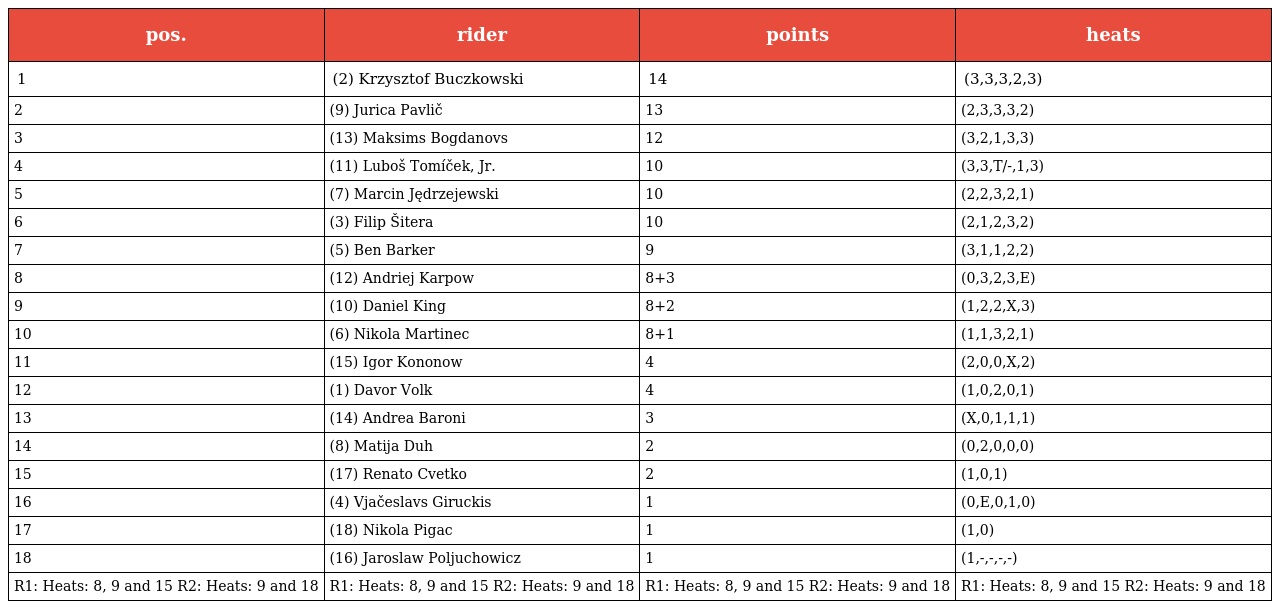
| pos. | rider | points | heats |
 | --- | --- | --- | --- |
 | 1 | (2) Krzysztof Buczkowski | 14 | (3,3,3,2,3) |
 | 2 | (9) Jurica Pavlič | 13 | (2,3,3,3,2) |
 | 3 | (13) Maksims Bogdanovs | 12 | (3,2,1,3,3) |
 | 4 | (11) Luboš Tomíček, Jr. | 10 | (3,3,T/-,1,3) |
 | 5 | (7) Marcin Jędrzejewski | 10 | (2,2,3,2,1) |
 | 6 | (3) Filip Šitera | 10 | (2,1,2,3,2) |
 | 7 | (5) Ben Barker | 9 | (3,1,1,2,2) |
 | 8 | (12) Andriej Karpow | 8+3 | (0,3,2,3,E) |
 | 9 | (10) Daniel King | 8+2 | (1,2,2,X,3) |
 | 10 | (6) Nikola Martinec | 8+1 | (1,1,3,2,1) |
 | 11 | (15) Igor Kononow | 4 | (2,0,0,X,2) |
 | 12 | (1) Davor Volk | 4 | (1,0,2,0,1) |
 | 13 | (14) Andrea Baroni | 3 | (X,0,1,1,1) |
 | 14 | (8) Matija Duh | 2 | (0,2,0,0,0) |
 | 15 | (17) Renato Cvetko | 2 | (1,0,1) |
 | 16 | (4) Vjačeslavs Giruckis | 1 | (0,E,0,1,0) |
 | 17 | (18) Nikola Pigac | 1 | (1,0) |
 | 18 | (16) Jaroslaw Poljuchowicz | 1 | (1,-,-,-,-) |
 | R1: Heats: 8, 9 and 15 R2: Heats: 9 and 18 | R1: Heats: 8, 9 and 15 R2: Heats: 9 and 18 | R1: Heats: 8, 9 and 15 R2: Heats: 9 and 18 | R1: Heats: 8, 9 and 15 R2: Heats: 9 and 18 |